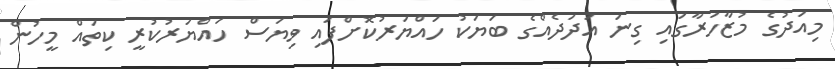
މިއަދުގެ މުޒާހަރާގައި ގިނަ އަދަދެއްގެ ބަޔަކު ހައްޔަރުކޮށްފައި ވިޔަސް ހައްޔަރުކުރީ ކިތައް މީހުން